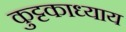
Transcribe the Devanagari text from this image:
कुट्टकाध्याय